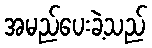
အမည်ပေးခဲ့သည်